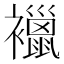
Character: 𧞪